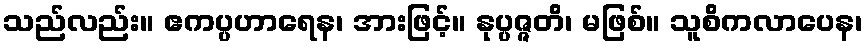
သည်လည်း။ ဧကပ္ပဟာရေန၊ အားဖြင့်။ နုပ္ပဇ္ဇတိ၊ မဖြစ်။ သူစိကလာပေန၊